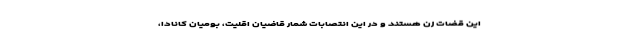
این قضات زن هستند و در این انتصابات شمار قاضیان اقلیت‌، بومیان کانادا،